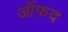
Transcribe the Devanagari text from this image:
ऑफद